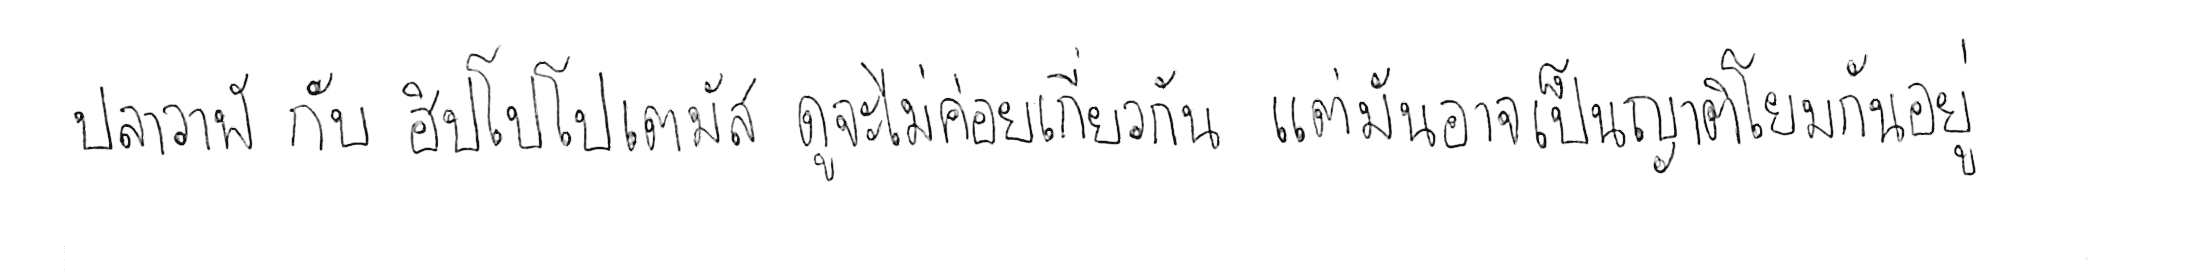
ปลาวาฬ กับ ฮิปโปโปเตมัส ดูจะไม่ค่อยเกี่ยวกัน แต่มันอาจเป็นญาติโยมกันอยู่